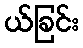
ယ်ခြင်း